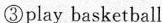
③play basketball